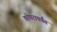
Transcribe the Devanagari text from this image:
कोपरापर्यंत